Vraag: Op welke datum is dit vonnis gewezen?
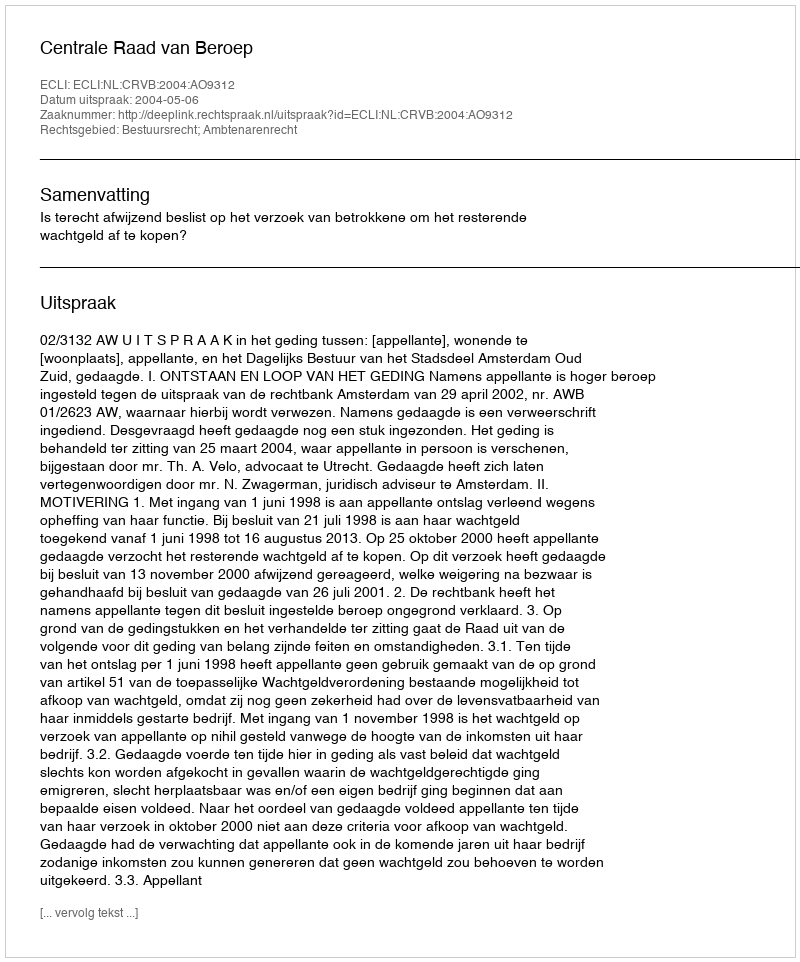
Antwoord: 2004-05-06